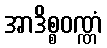
အာဒိစ္စဝဏ္ဏံ